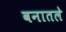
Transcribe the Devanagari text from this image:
वनातले